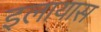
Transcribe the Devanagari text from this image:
इलायास